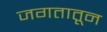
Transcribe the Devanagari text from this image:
जगतातून